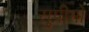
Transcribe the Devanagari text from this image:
सु्प्रीमो